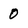
Character: 0